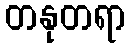
တနုတရာ